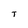
Character: T